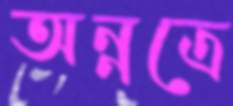
অন্নত্রে